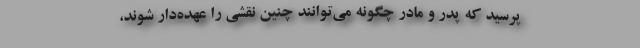
‌‌پرسید که پدر و مادر چگونه می‌‌توانند چنین نقشی را عهده‌دار شوند،